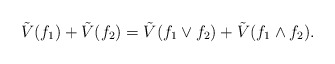
\begin{align*}\tilde{V}(f_1)+\tilde{V}(f_2)=\tilde{V}(f_1\vee f_2)+ \tilde{V}(f_1\wedge f_2).\end{align*}